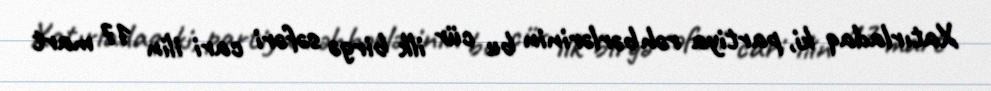
Xatırladaq ki, partiya rəhbərlərinin bu cür ilk birgə səfəri cari ilin 17 mart